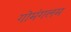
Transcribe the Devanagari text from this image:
गोमंगलम